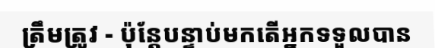
ត្រឹមត្រូវ - ប៉ុន្តែបន្ទាប់មកតើអ្នកទទួលបាន